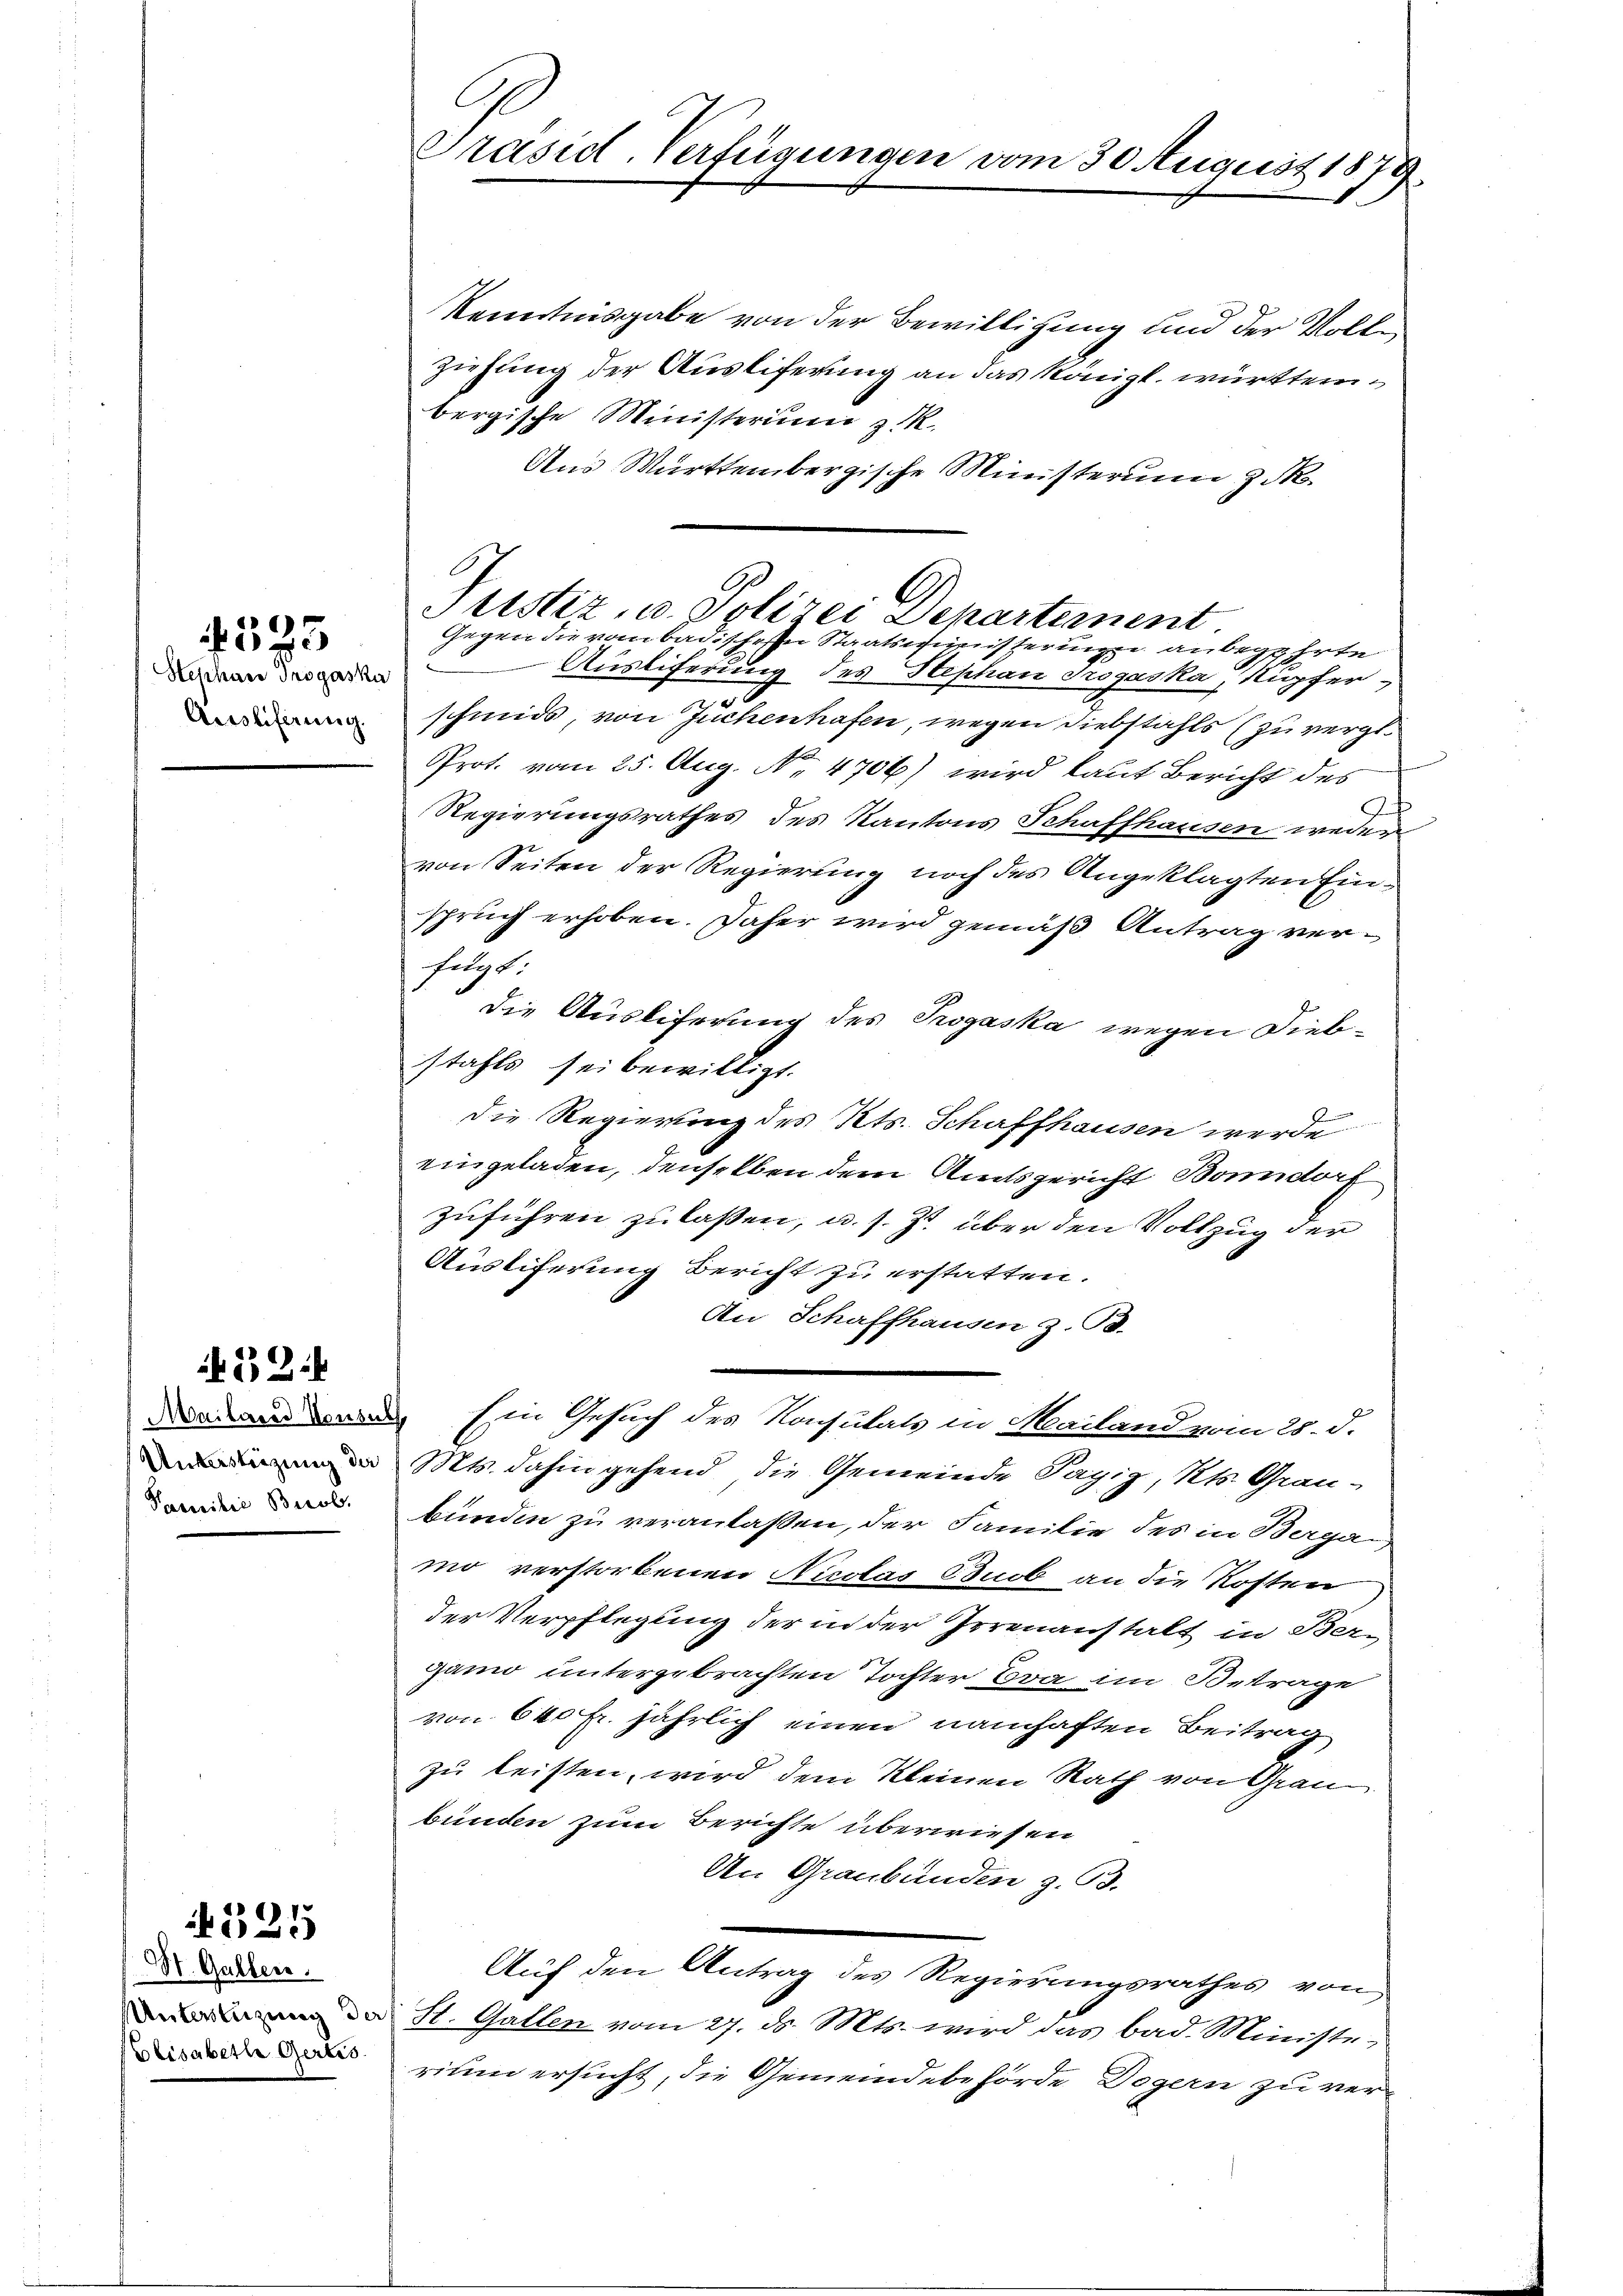
Stephan Trogaska
Ausliferung.

4583.

if. 52.

Mailarad Konsul
Unterstützung der
Pamilie Beob

St. Gallen.
Unterstüzung der
Elisabette Gertis

4325

Präsid. Verfügungen vom 30. August 1879.

A
Justiz, u. Polizei Departement
Gegen die vom badischen Staatsministern anbegehrte

Kenntnisgabe von der Bewilligung und der Vollziehung der Ausliferung an das Königl. württembergische Ministerium z. R.
Aus Württembergische Ministerium & d
Ausliferung des Stephan Progaska, Nupfer,
schmids, von Juchenhafen, wegen Diebstahls (zu vergl.
Prot. vom 25. Aug. No. 4706) wird laut Bericht des
J
Regierungsrathes des Kantons Schaffhausen weder
von Seiten der Regierung noch des Angeklagten Einspruch erhoben. Daher wird gemäß Antrag verfügt:
die Ausliferung des Progaska wegen Diebstahls sei bewilligt.
Die Regierung des Kts. Schaffhausen werde
eingeladen, denselben dem Amtsgericht Bonndorf
zuführen zu laßen, u. s. Z. über den Vollzug der
Austiferung Bericht zu erstatten.
An Schaffhausen z. B.
Ein Gesuch des Konsulats in Mailand vom 25. d.
Mts. dahin gehend die Gemeinde Tagig, Kts. Grau-
bunden zu veranlaßen, der Familie des in Berga
mo verstorbenen Nicolas Buob an die Kosten
der Verpflegung der in der Irrenanstalt in Ber-
gano untergebrachten Tochter Bra im Betrage
von 640 Fr. jährlich einen namhaften Beitrag
zu leisten, wird dem Kleinen Rath von Grau
bünden zum Berichte überwiesen
An Graubünden z. B.
Auf den Antrag des Regierungsrathes von
St. Gallen vom 27. ds. Mts. wird das bad. Ministerium ersucht, die Gemeindebehörde Dogern zu ver¬